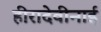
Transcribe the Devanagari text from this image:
हीरादेवीनाई